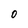
Character: 0